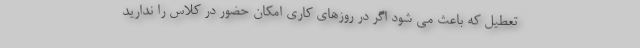
تعطیل که باعث می شود اگر در روزهای کاری امکان حضور در کلاس را ندارید